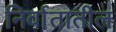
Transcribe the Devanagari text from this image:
निर्वातातील